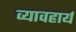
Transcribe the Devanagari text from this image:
व्यावहार्य